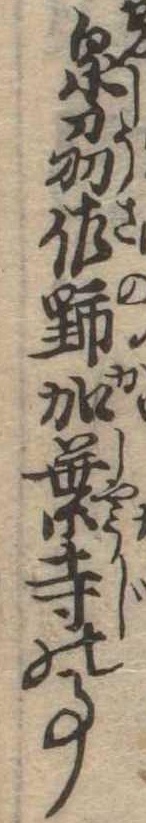
泉刕佐野加葉寺の事